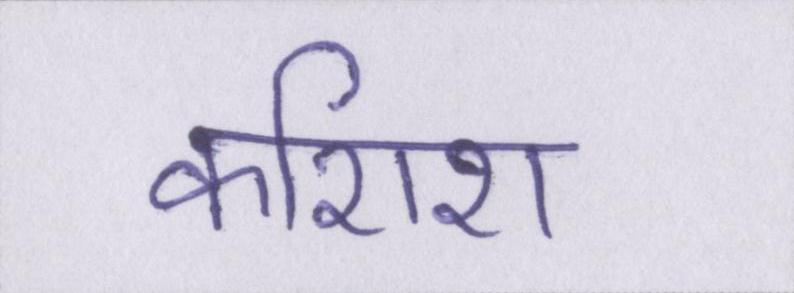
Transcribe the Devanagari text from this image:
कशिश